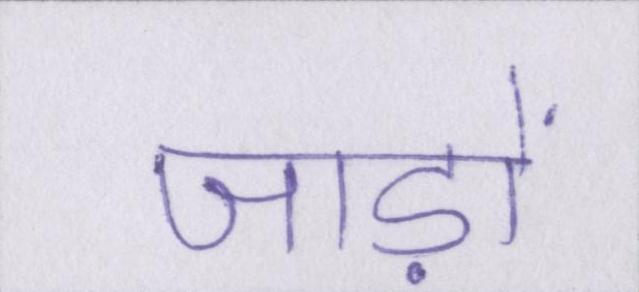
जाड़ों